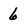
Character: 6